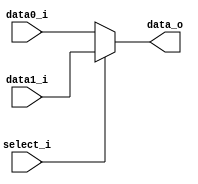
/***************************************************
Student Name:  
Student ID: 0716080 0716203
***************************************************/

`timescale 1ns/1ps

module MUX_2to1(
	input  [32-1:0] data0_i,       
	input  [32-1:0] data1_i,
	input       	select_i,
	output reg [32-1:0] data_o
               );
			   
/* Write your code HERE */
always @(select_i,data0_i,data1_i) begin
	if(select_i)
		data_o <= data1_i;
	else
		data_o <= data0_i;
end		   

endmodule